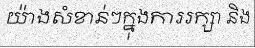
យ៉ាងសំខាន់ៗក្នុងការរក្សា និង